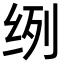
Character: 𮉥